Vaccine operations Central Provinces 1886-1899 - 1886-1899
Year: 1886
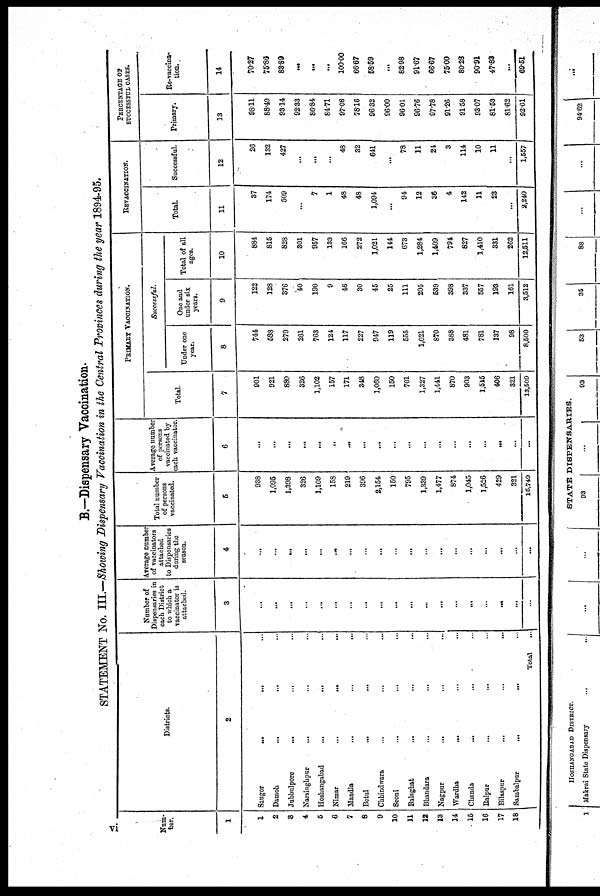
B.—Dispensary Vaccination.
STATEMENT No. III.—Showing Dispensary Vaccination in the Central Provinces during the year 1894-95.
Num-
ber.
1
1
2
8
4
5
6
7
8
9
10
11
12
18
14
16
16
17
18
Districts.
2
Saugor ... ... ...
Damoh
...
...
...
Jabbulpore ... ... ...
Narsinghpur
... ... ...
Hoshangabad
...
...
...
Nimar ... ... ...
Mandla
...
...
...
Betul ... ... ...
Chhindwara ... ... ...
Seoni ... ... ...
Balaghat ... ... ...
Bhandara ... ... ...
Nagpur ... ... ...
Wardha ... ... ...
Chanda ... ... ...
Raipur
...
...
...
Bilaspur
...
...
...
Sambalpur
...
...
...
Total ...
Number of
Dispensaries in
each District
to which a
vaccinator is
attached.
3
...
...
...
...
...
...
...
...
...
...
...
...
...
...
...
...
...
...
...
Average number
of vaccinators
attached
to Dispensaries
during the
season.
4
...
...
...
...
...
...
...
...
...
...
...
...
...
...
...
...
...
...
...
Total number
of persons
vaccinated.
6
938
1,095
1,398
326
1,109
158
219
396
2,154
150
795
1,339
1,477
874
1,045
1,526
429
321
15,749
Average number
of persons
vaccinated by
each vaccinator
6
...
...
...
...
...
...
...
...
...
...
...
...
...
...
...
...
...
...
...
PRIMARY VACCINATION.
Total.
7
901
921
889
326
1,102
157
171
348
1,060
150
701
1,327
1,441
870
903
1,515
406
321
13,509
Successful.
Under one
year.
8
744
588
279
261
763
124
117
227
947
119
555
1,021
870
888
481
781
137
98
8,500
One and
under six
years.
9
122
128
376
40
190
9
46
30
45
25
111
205
539
398
337
557
193
161
3,512
Total of all
ages.
10
884
815
828
301
957
133
166
272
1,021
144
673
1,284
1,409
794
627
1,410
331
262
12,511
REVACCINATION.
Total.
11
37
174
509
...
7
1
48
48
1,094
...
94
12
36
4
142
11
28
...
2,240
Successful.
12
26
132
427
...
...
...
48
32
641
...
78
11
24
3
114
10
11
...
1,557
PERCENTAGE OF
SUCCESSFUL CASES.
Primary.
13
98.11
88.49
9314
92.33
86.84
84.71
97.08
7816
96.32
96.00
96.01
96.76
97.78
91.26
91.58
93.07
81.53
81.62
92.61
Re-vaccina¬
tion.
14
70.27
75.86
83.89
...
...
...
100.00
66.67
58.59
...
82.98
91.67
66.67
75.00
80.28
90.91
47.88
...
69.51
vi